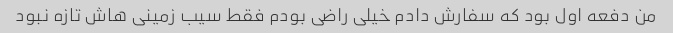
من دفعه اول بود که سفارش دادم خیلی راضی بودم فقط سیب زمینی هاش تازه نبود